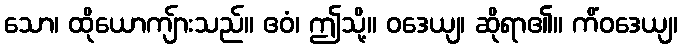
သော၊ ထိုယောကျ်ားသည်။ ဧဝံ၊ ဤသို့။ ဝဒေယျ၊ ဆိုရာ၏။ ကိံဝဒေယျ၊